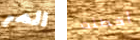
المر أخطئت